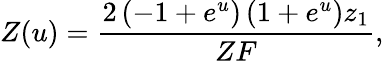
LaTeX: Z(u)={\frac{2\left(-1+{e^{u}}\right)\left(1+{e^{u}}\right){z_{1}}}{ZF}},